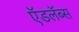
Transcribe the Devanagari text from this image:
ऍडलॅब्स